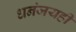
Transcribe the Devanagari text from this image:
धनंजयही